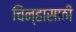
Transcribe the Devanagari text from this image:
चिन्हासाठी